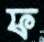
ফ